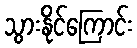
သွားနိုင်ကြောင်း